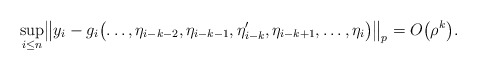
\begin{align*} \sup_{i \le n} \bigl\| y_i-g_i\bigl(\ldots, \eta_{i-k-2}, \eta_{i-k-1}, \eta_{i-k}', \eta_{i-k+1}, \ldots,\eta_i \bigr) \bigr\|_p = O\bigl(\rho^k\bigr).\end{align*}